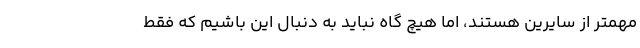
مهمتر از سایرین هستند، اما هیچ گاه نباید به دنبال این باشیم که فقط